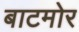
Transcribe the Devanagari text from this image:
बाटमोर